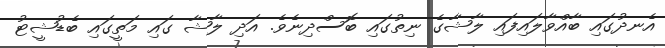
އެނދުގައި ބާއްވާލައިފައި ލާޝާގެ ނިތުގައި ބޮސްދިނެވެ. އަދި ލާޝާ ގައި މަތީގައި ބެޑުޝީޓު